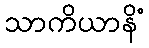
သာကိယာနိံ